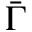
\bar { \Gamma }